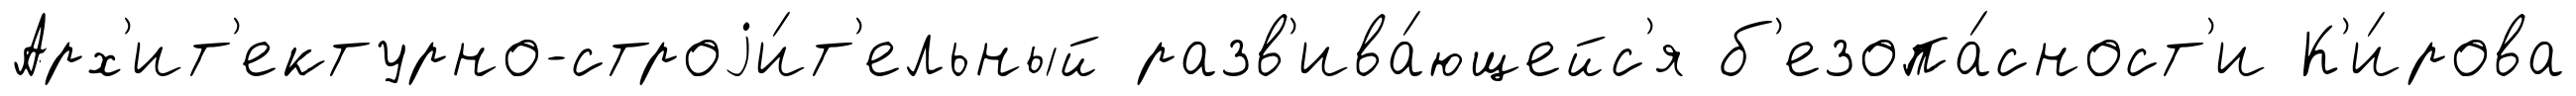
Арх'ит'ектурно-строjи́т'ельный разв'ива́ющейс'я б'езопа́сност'и К'и́рова